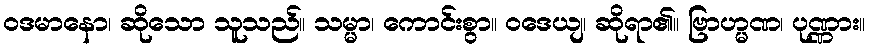
ဝဒမာနော၊ ဆိုသော သူသည်။ သမ္မာ၊ ကောင်းစွာ။ ဝဒေယျ၊ ဆိုရာ၏။ ဗြာဟ္မဏ၊ ပုဏ္ဏား။